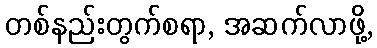
တစ်နည်းတွက်စရာ, အဆက်လာဖို့,